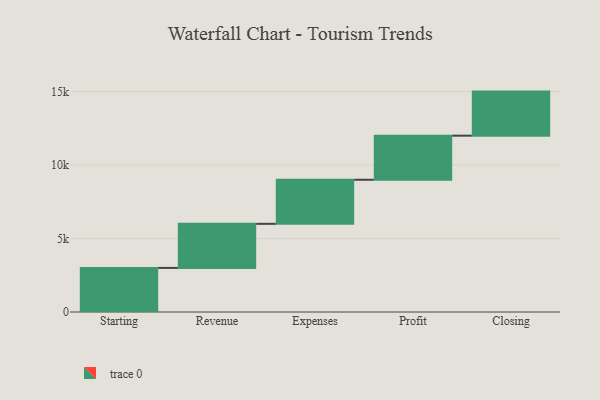
{"axis": {"x": "Step", "y": "Value"}, "legend": [""], "data": [{"x": "Starting", "y": 3000, "type": ""}, {"x": "Revenue", "y": 3000, "type": ""}, {"x": "Expenses", "y": 3000, "type": ""}, {"x": "Profit", "y": 3000, "type": ""}, {"x": "Closing", "y": 3000, "type": ""}]}